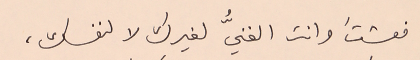
فعشتَ وانت الغنيُّ لغيرك لا لنفسك،